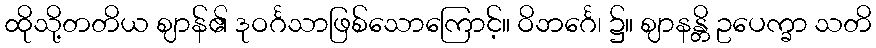
ထိုသို့တတိယ ဈာန်၏ ဒုဝင်္ဂသာဖြစ်သောကြောင့်။ ဝိဘင်္ဂေ၊ ၌။ ဈာနန္တိ ဥပေက္ခာ သတိ